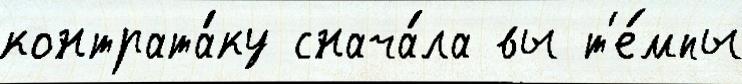
контрата́ку снача́ла вы т'е́мпы